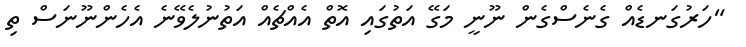
"ހަރުގަނޑެއް ގެނެސްގެން ނޫނީ މަގޭ އަތުގައި އޮތް އެއްޗެއް އަތުނުލެވޭނެ އެހެންނޫނަސް ތި